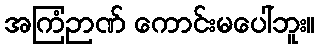
အကြံဉာဏ် ကောင်းမပေါ်ဘူး။